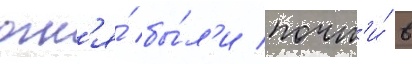
огн'я́ бы́л'и почт'и́ в